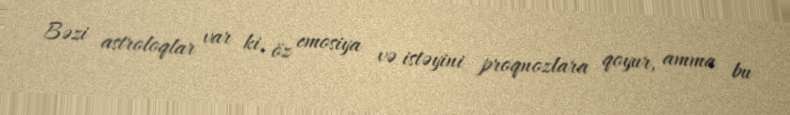
Bəzi astroloqlar var ki, öz emosiya və istəyini proqnozlara qoyur, amma bu